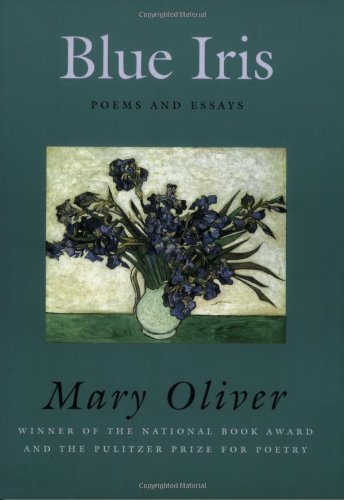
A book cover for Blue Iris: Poems and Essays; Mary Oliver; Literature & Fiction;